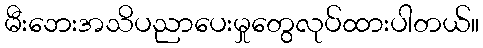
မီးဘေးအသိပညာပေးမှုတွေလုပ်ထားပါတယ်။